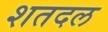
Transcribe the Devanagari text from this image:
शतदल